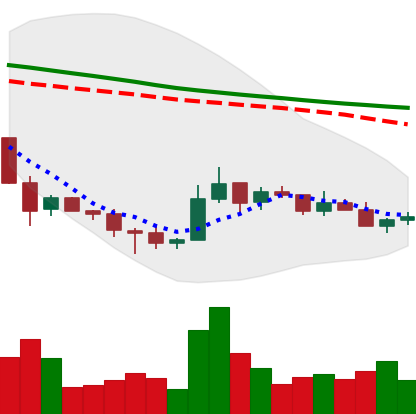
Ticker: TRX-USD
Chart end date: 2018-12-08
Forward return: -3.037%
Label: down_3_5